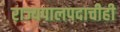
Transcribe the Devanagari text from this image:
राज्यपालपदाचीही